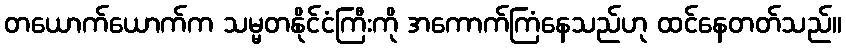
တယောက်ယောက်က သမ္မတနိုင်ငံကြီးကို အကောက်ကြံနေသည်ဟု ထင်နေတတ်သည်။